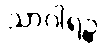
သာဂါရဉ္စ